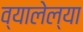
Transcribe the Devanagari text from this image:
व्यालेल्या